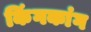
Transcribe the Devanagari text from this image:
किंगकांग